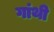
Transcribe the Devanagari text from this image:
गांथी